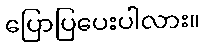
ပြောပြပေးပါလား။